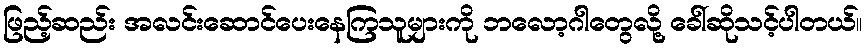
ဖြည့်ဆည်း အလင်းဆောင်ပေးနေကြသူများကို ဘလော့ဂါတွေလို့ ခေါ်ဆိုသင့်ပါတယ်။